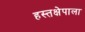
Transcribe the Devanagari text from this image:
हस्तक्षेपाला